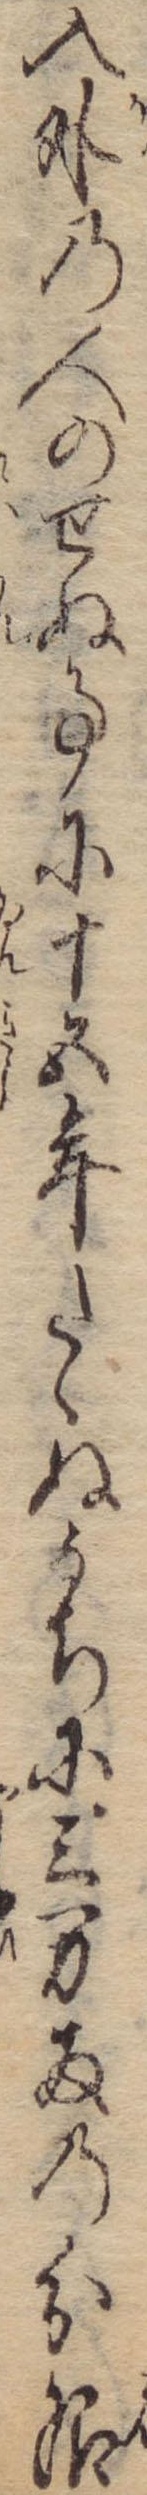
入外の人のせぬ事に十五年たゝぬうちに三万両の分限